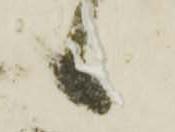
候